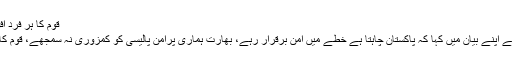
قوم کا ہر فرد افواج پاکستان کے شانہ بشانہ کھڑا ہے، زرداری
دوسری جانب سابق صدر آصف علی زرداری نے اپنے بیان میں کہا کہ پاکستان چاہتا ہے خطے میں امن برقرار رہے، بھارت ہماری پرامن پالیسی کو کمزوری نہ سمجھے، قوم کا ہر فرد افواج پاکستان کے شانہ بشانہ کھڑا ہے۔